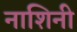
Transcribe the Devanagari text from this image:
नाशिनी